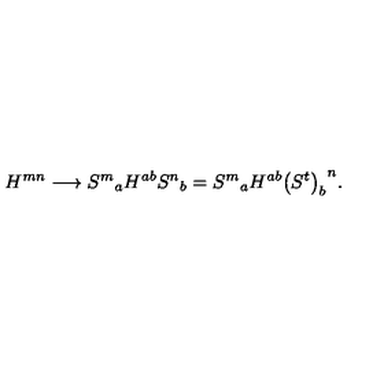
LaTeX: H ^ { m n } \longrightarrow { S ^ { m } } _ { a } H ^ { a b } { S ^ { n } } _ { b } = { S ^ { m } } _ { a } H ^ { a b } { \left( S ^ { t } \right) _ { b } } ^ { n } .